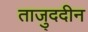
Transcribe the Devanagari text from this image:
ताजु्ददीन